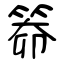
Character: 笷